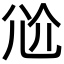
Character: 𡯗